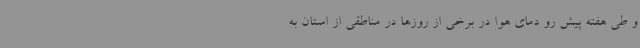
و طی هفته پیش رو دمای هوا در برخی از روزها در مناطقی از استان به